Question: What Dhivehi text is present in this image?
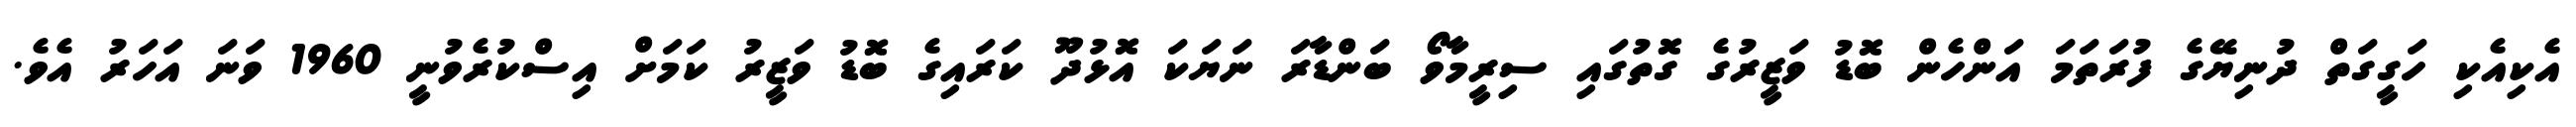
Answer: އެކިއެކި ހަގީގަތް ދުނިޔޭގެ ފުރަތަމަ އަންހެން ބޮޑު ވަޒީރުގެ ގޮތުގައި ސިރީމާވޯ ބަންޑާރަ ނަޔަކަ އޮޅުދޫ ކަރައިގެ ބޮޑު ވަޒީރު ކަމަށް އިސްކުރެވުނީ 1960 ވަނަ އަހަރު އެވެ.